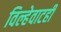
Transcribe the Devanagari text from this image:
विल्हेवाटही